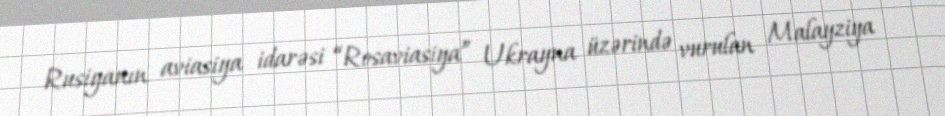
Rusiyanın aviasiya idarəsi “Rosaviasiya” Ukrayna üzərində vurulan Malayziya